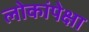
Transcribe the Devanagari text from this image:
लोकांपेक्षा